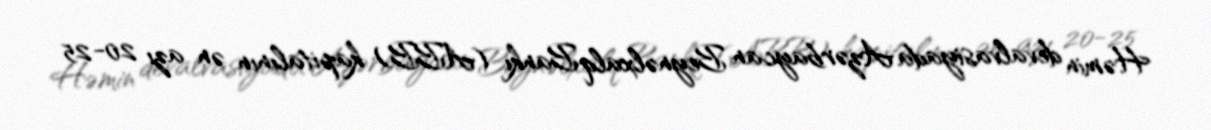
Həmin devalvasiyada Azərbaycan Beynəlxalq Bankı (ABB) kapitalının ən azı 20-25